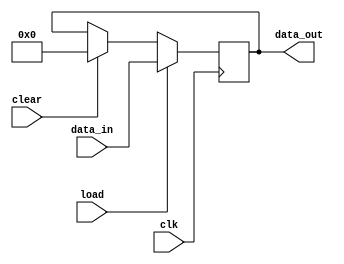
module register12(clk, load, clear, data_in, data_out); // RS,RI,RJ,RH,RW
	input clk;
	input load;
	input clear;
	input [11:0] data_in;
	output reg [11:0] data_out = 0;
	
	always @(negedge clk)
		begin
			if (load) data_out <= data_in;
			else if (clear) data_out <= 12'd0;
	   end
endmodule